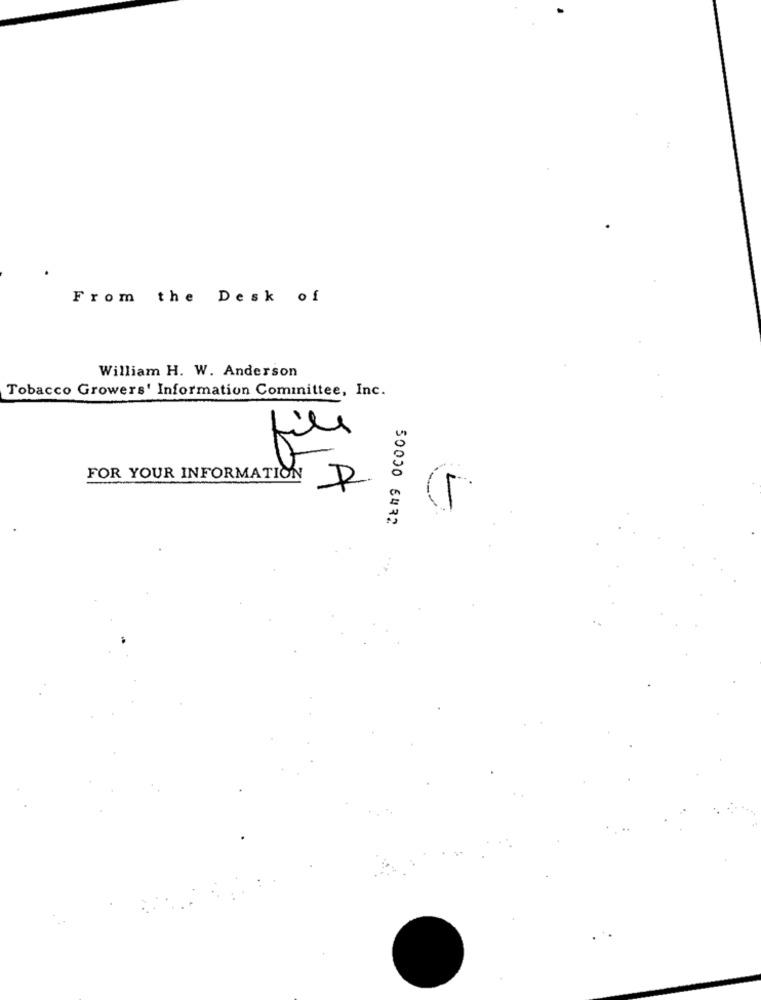
From the Desk of
William H. W. Anderson
Tobacco Growers' Information Committee, Inc.
file
FOR YOUR INFORMATION
50000 6432